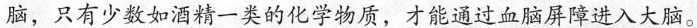
脑，只有少数如酒精一类的化学物质，才能通过血脑屏障进入大脑。